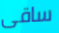
ساقى